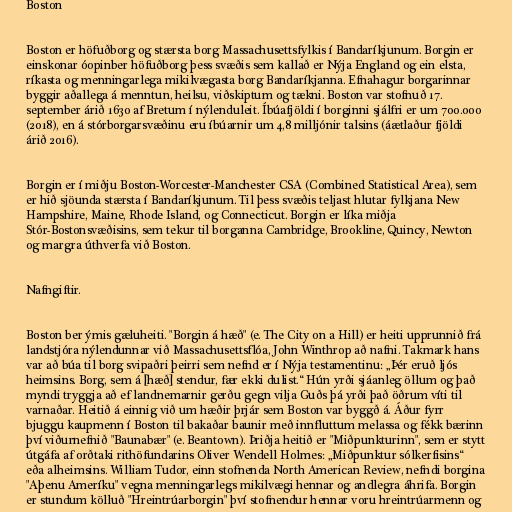
Boston

Boston er höfuðborg og stærsta borg Massachusettsfylkis í Bandaríkjunum. Borgin er
einskonar óopinber höfuðborg þess svæðis sem kallað er Nýja England og ein elsta,
ríkasta og menningarlega mikilvægasta borg Bandaríkjanna. Efnahagur borgarinnar
byggir aðallega á menntun, heilsu, viðskiptum og tækni. Boston var stofnuð 17.
september árið 1630 af Bretum í nýlenduleit. Íbúafjöldi í borginni sjálfri er um 700.000
(2018), en á stórborgarsvæðinu eru íbúarnir um 4,8 milljónir talsins (áætlaður fjöldi
árið 2016).

Borgin er í miðju Boston-Worcester-Manchester CSA (Combined Statistical Area), sem
er hið sjöunda stærsta í Bandaríkjunum. Til þess svæðis teljast hlutar fylkjana New
Hampshire, Maine, Rhode Island, og Connecticut. Borgin er líka miðja
Stór-Bostonsvæðisins, sem tekur til borganna Cambridge, Brookline, Quincy, Newton
og margra úthverfa við Boston.

Nafngiftir.

Boston ber ýmis gæluheiti. "Borgin á hæð" (e. The City on a Hill) er heiti upprunnið frá
landstjóra nýlendunnar við Massachusettsflóa, John Winthrop að nafni. Takmark hans
var að búa til borg svipaðri þeirri sem nefnd er í Nýja testamentinu: „Þér eruð ljós
heimsins. Borg, sem á [hæð] stendur, fær ekki dulist.“ Hún yrði sjáanleg öllum og það
myndi tryggja að ef landnemarnir gerðu gegn vilja Guðs þá yrði það öðrum víti til
varnaðar. Heitið á einnig við um hæðir þrjár sem Boston var byggð á. Áður fyrr
bjuggu kaupmenn í Boston til bakaðar baunir með innfluttum melassa og fékk bærinn
því viðurnefnið "Baunabær" (e. Beantown). Þriðja heitið er "Miðpunkturinn", sem er stytt
útgáfa af orðtaki rithöfundarins Oliver Wendell Holmes: „Miðpunktur sólkerfisins“
eða alheimsins. William Tudor, einn stofnenda North American Review, nefndi borgina
"Aþenu Ameríku" vegna menningarlegs mikilvægi hennar og andlegra áhrifa. Borgin
er stundum kölluð "Hreintrúarborgin" því stofnendur hennar voru hreintrúarmenn og